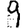
Digit: 9